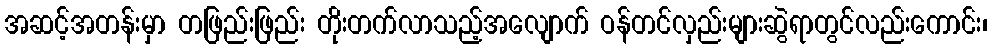
အဆင့်အတန်းမှာ တဖြည်းဖြည်း တိုးတက်လာသည့်အလျောက် ဝန်တင်လှည်းများဆွဲရာတွင်လည်းကောင်း၊